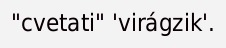
"cvetati" 'virágzik'.